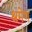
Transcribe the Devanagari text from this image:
श्रमेण